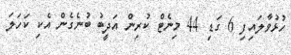
ހުޅުވާލައިފި 6 ގަޑި 44 މިނެޓް ކުރިން އަދީބު ބުނެގެން އެކި ކަހަލަ